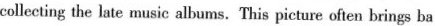
collecting the late music albums. This picture often brings ba